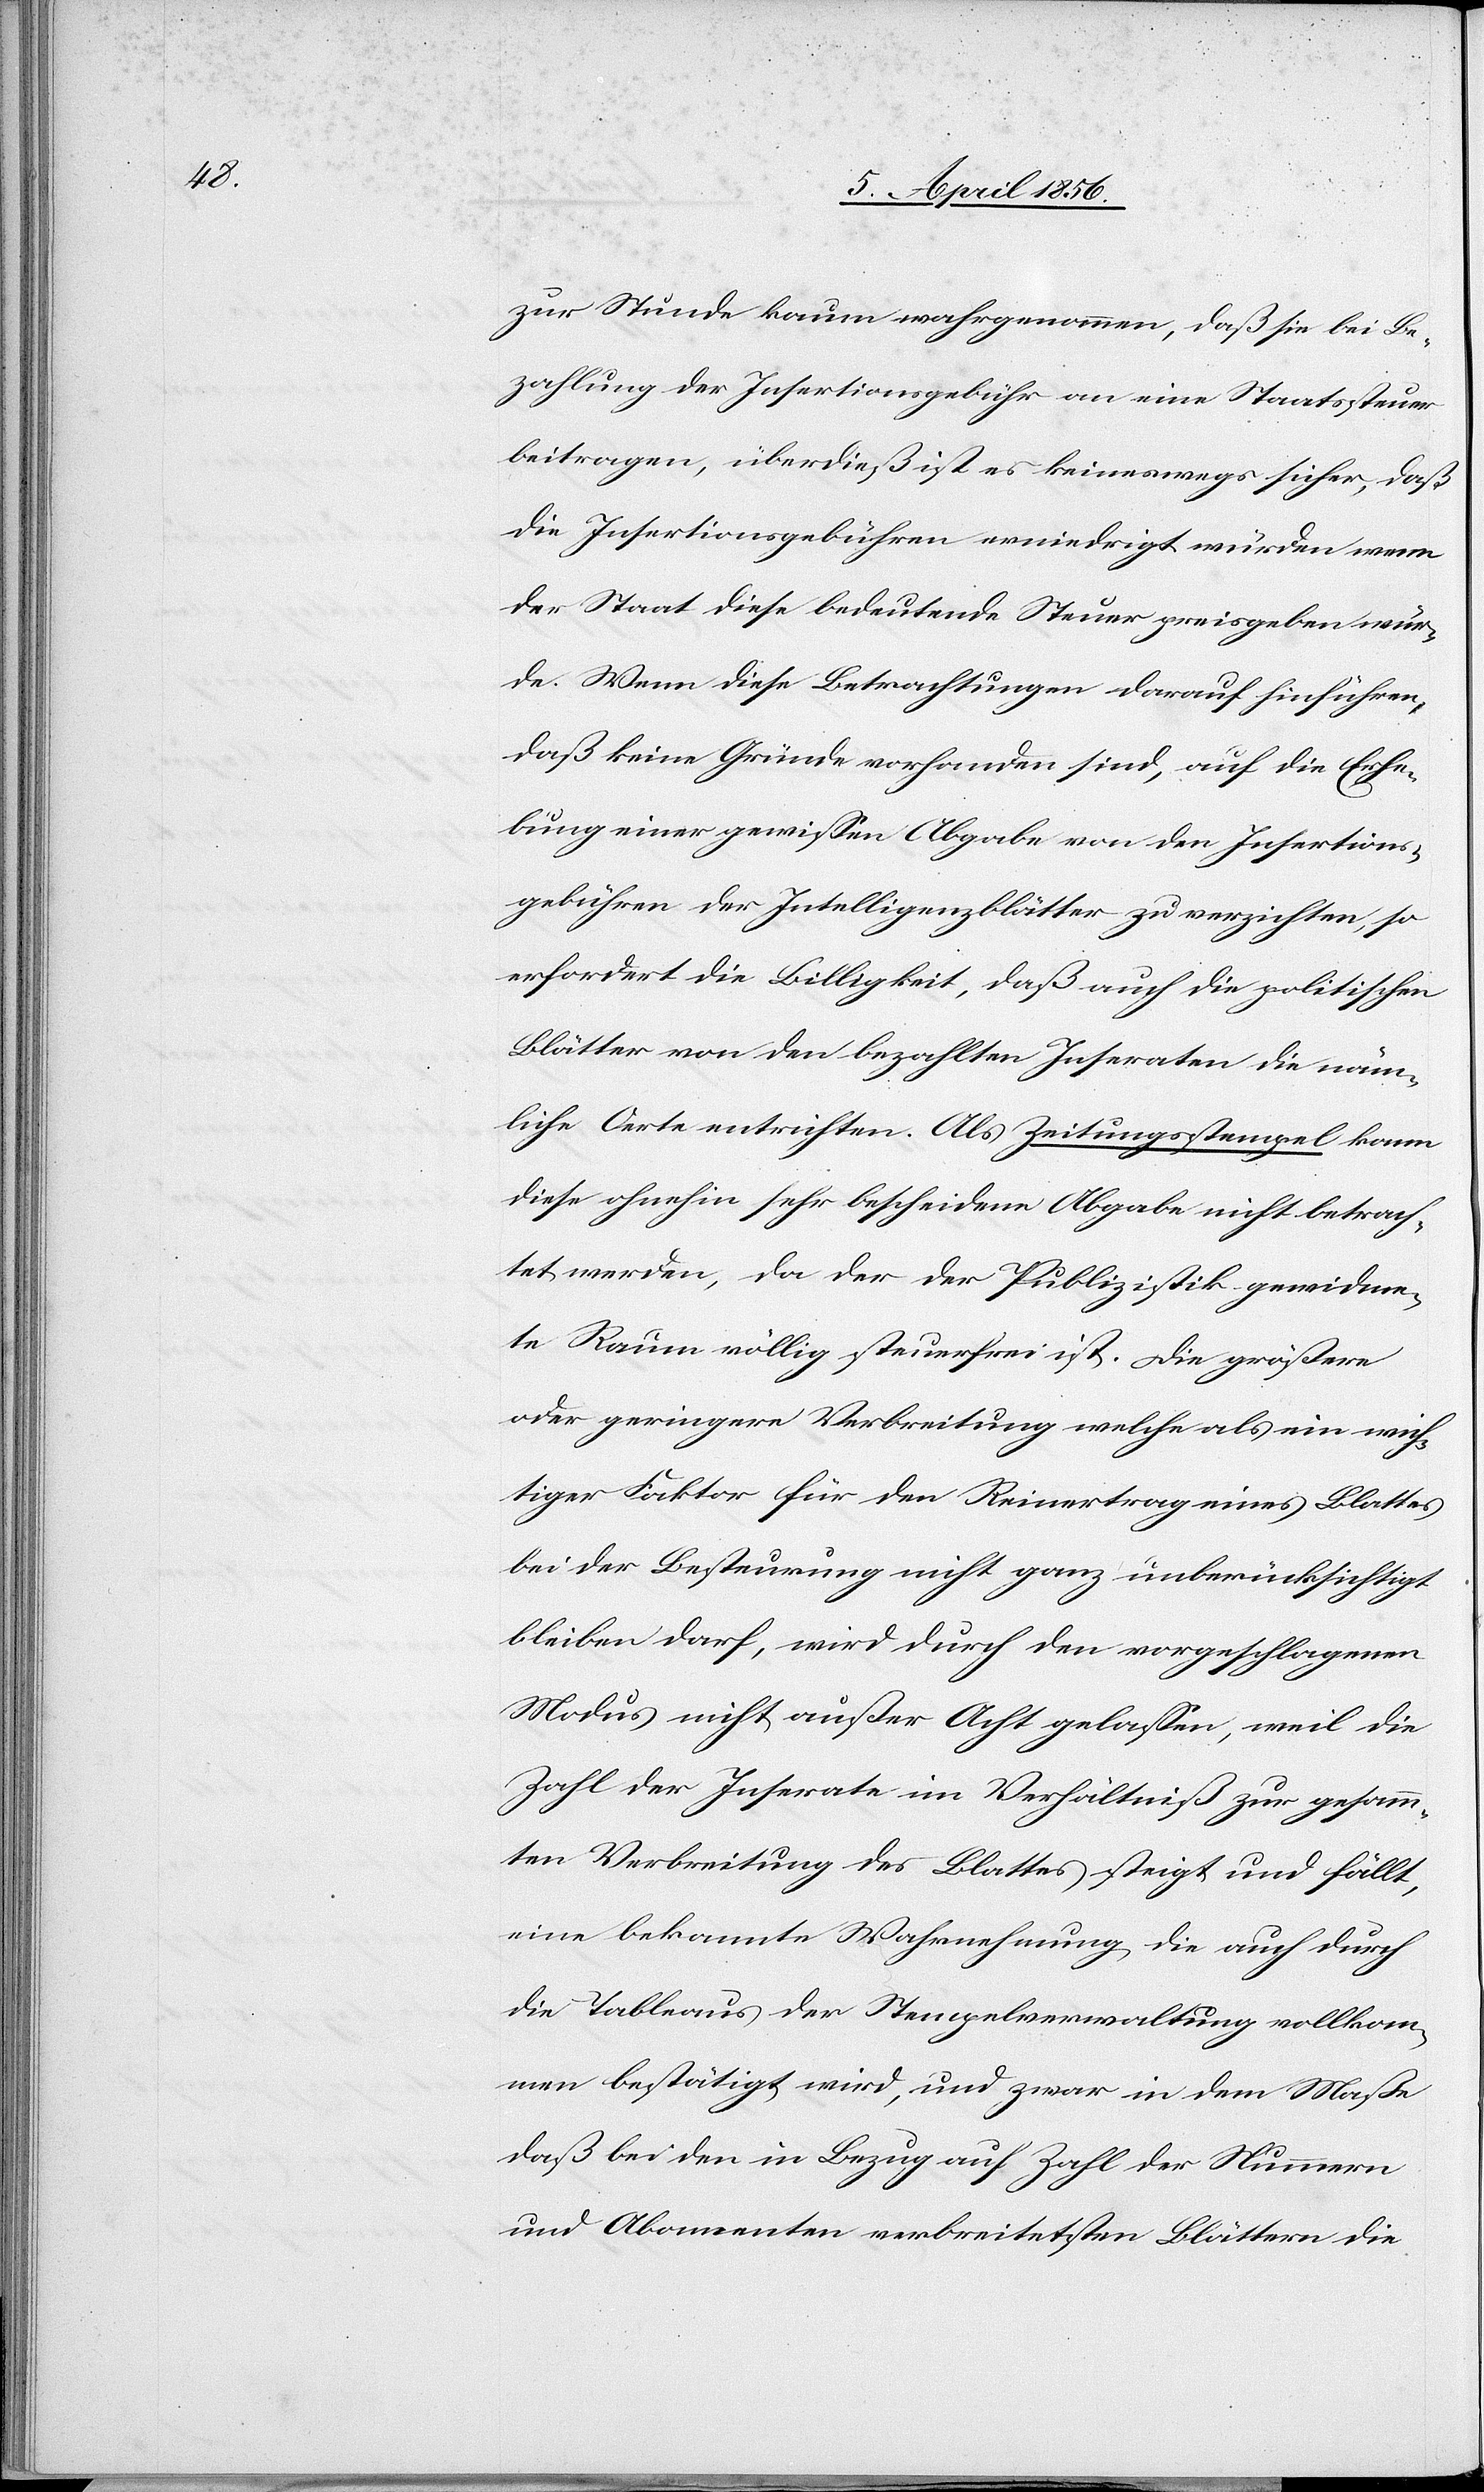
zur Stunde kaum wahrgenommen, daß sie bei Be¬
zahlung der Insertionsgebühr an eine Staatssteuer
beitragen, überdieß ist es keineswegs sicher, daß
die Insertionsgebühren erniedrigt würden wenn
der Staat diese bedeutende Steuer preisgeben wür¬
de. Wenn diese Betrachtungen darauf hinführen,
daß keine Gründe vorhanden sind, auf die Erhe¬
bung einer gewissen Abgabe von den Insertions¬
gebühren der Intelligenzblätter zu verzichten, so
erfordert die Billigkeit, daß auch die politischen
Blätter von den bezahlten Inseraten die näm¬
liche Oerte entrichten. Als Zeitungsstempel kann
diese ohnehin sehr bescheidene Abgabe nicht betrach¬
tet werden, da der der Publizistik gewidme¬
te Raum völlig steuerfrei ist. Die größere
oder geringere Verbreitung welche als ein wich¬
tiger Faktor für den Reinertrag eines Blattes
bei der Besteurung nicht ganz unberücksichtigt
bleiben darf, wird durch den vorgeschlagenen
Modus nicht außer Acht gelassen, weil die
Zahl der Inserate im Verhältniß zur gesamm¬
ten Verbreitung des Blattes steigt und fällt,
eine bekannte Wahrnehmung, die auch durch
die Tableaus der Stempelverwaltung vollkom¬
men bestätigt wird, und zwar in dem Maße,
daß bei den in Bezug auf Zahl der Nummern
und Abonnenten verbreitetsten Blättern die